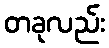
တခုလည်း